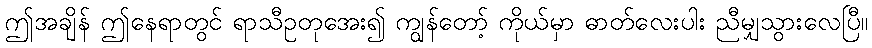
ဤအချိန် ဤနေရာတွင် ရာသီဥတုအေး၍ ကျွန်တော့် ကိုယ်မှာ ဓာတ်လေးပါး ညီမျှသွားလေပြီ။